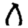
Digit: 0